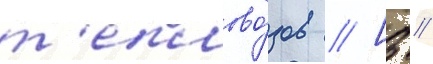
т'еплово́зов // [3 //